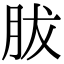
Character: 胈